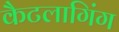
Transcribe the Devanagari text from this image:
कैटलागिंग